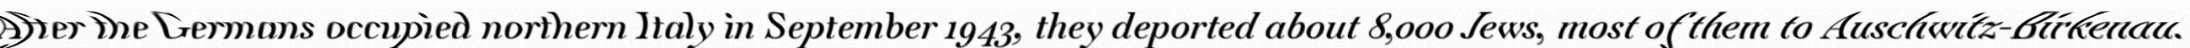
"After the Germans occupied northern Italy in September 1943, they deported about 8,000 Jews, most of them to Auschwitz-Birkenau."